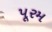
પૂરમ